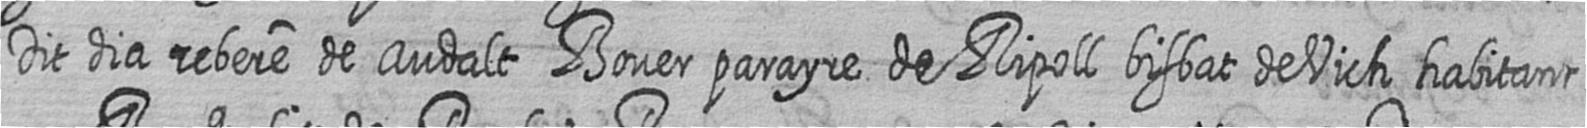
Dit dia rebere de Audalt Bover parayre de Ripoll bisbat de Vich habitant